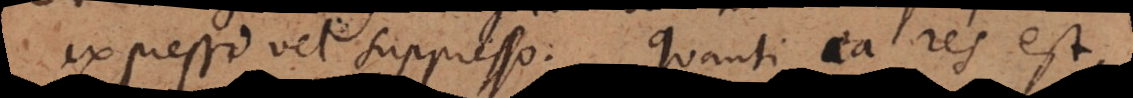
expresso vel suppresso. Quanti ea res est,